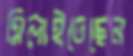
মিলাইতেছেন